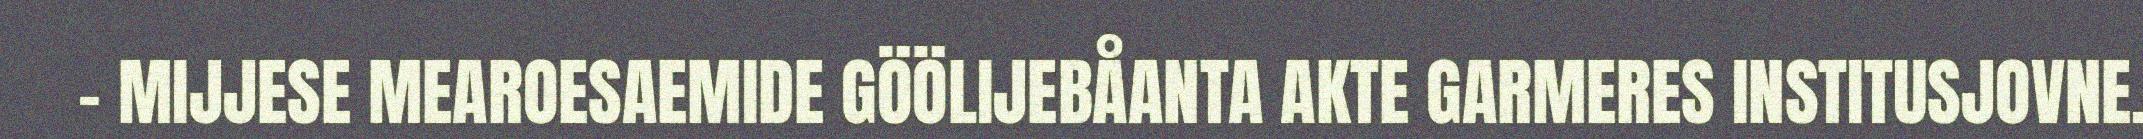
– MIJJESE MEAROESAEMIDE GÖÖLIJEBÅANTA AKTE GARMERES INSTITUSJOVNE.